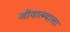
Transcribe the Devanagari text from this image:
जीवात्म्याला